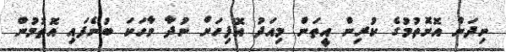
ނިދަން އޮށޮތުމުގެ ކުރިން އީތަން މިއަދު އޮފިހަށް ނުދާ ވާހަކަ ބުނެފައި އޮތުމުން